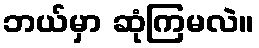
ဘယ်မှာ ဆုံကြမလဲ။